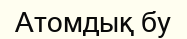
Атомдық бу